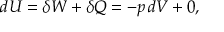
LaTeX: d U = \delta W + \delta Q = - p \, d V + 0 ,